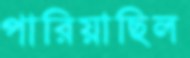
পারিয়াছিল